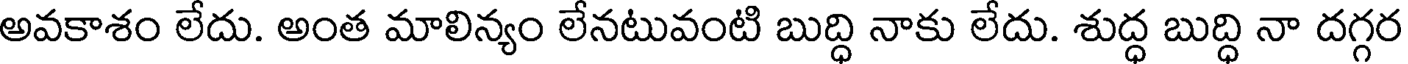
అవకాశం లేదు. అంత మాలిన్యం లేనటువంటి బుద్ధి నాకు లేదు. శుద్ధ బుద్ధి నా దగ్గర